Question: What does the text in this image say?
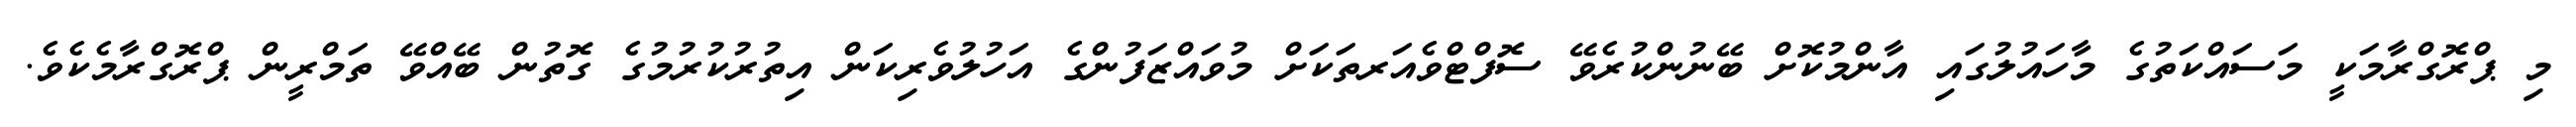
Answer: މި ޕްރޮގްރާމަކީ މަސައްކަތުގެ މާހައުލުގައި އާންމުކޮށް ބޭނުންކުރެވޭ ސޮފްޓްވެއަރތަކަށް މުވައްޒަފުންގެ އަހުލުވެރިކަން އިތުރުކުރުމުގެ ގޮތުން ބޭއްވޭ ތަމްރީން ޕްރޮގްރާމެކެވެ.